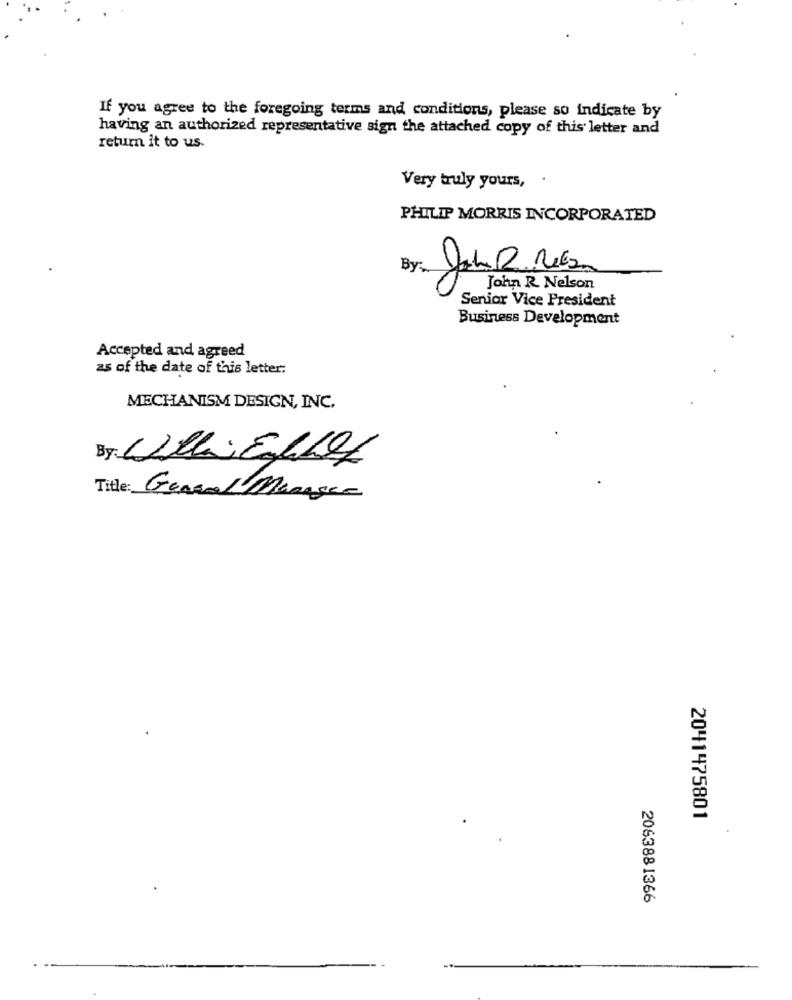
If you agree to the foregoing terms and conditions, please so indicate by
having an authorized representative sign the attached copy of this letter and
return it to us.
Very truly yours,
PHILIP MORRIS INCORPORATED
By:
00
John R Nelson
Senior Vice President
Business Development
Accepted and agreed
as of the date of this letter:
MECHANISM DESIGN, INC.
Title: Genral Marasco
2041475801
2063881366